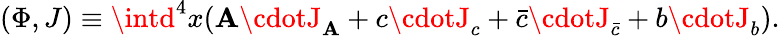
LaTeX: (\Phi,J)\equiv\intd^{4}x(\mathbf{A}\cdotJ_{\mathbf{A}}+c\cdotJ_{c}+\bar{{c}}\cdotJ_{\bar{{c}}}+b\cdotJ_{b}).